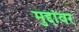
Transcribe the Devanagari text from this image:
मुद्दांवर